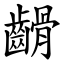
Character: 䶤